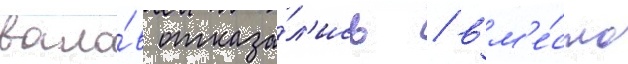
вало́в отказа́л'ись / вм'е́сто